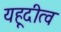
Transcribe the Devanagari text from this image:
यहूदीत्व